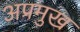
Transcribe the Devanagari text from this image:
अप्रमुख